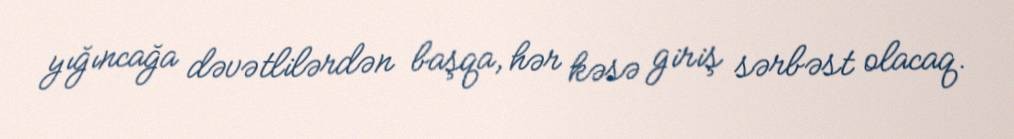
yığıncağa dəvətlilərdən başqa, hər kəsə giriş sərbəst olacaq.